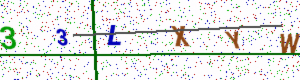
Text: 33LXYW